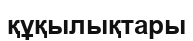
құқылықтары